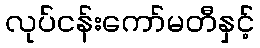
လုပ်ငန်းကော်မတီနှင့်